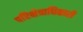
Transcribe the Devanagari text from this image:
परिक्षेत्राधिकारी